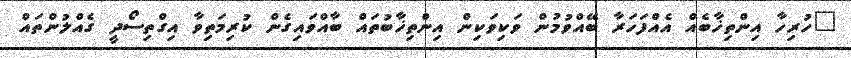
"ހުރިހާ އިންތިޚާބެއް އެއްފަހަރާ ބޭއްވުމުން ވަކިވަކިން އިންތިޚާބުތައް ބާއްވައިގެން ކުރިމަތިވާ އިގްތިސޯދީ ގެއްލުންތައް